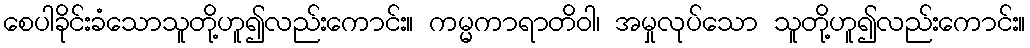
စေပါခိုင်းခံသောသူတို့ဟူ၍လည်းကောင်း။ ကမ္မကာရာတိဝါ၊ အမှုလုပ်သော သူတို့ဟူ၍လည်းကောင်း။